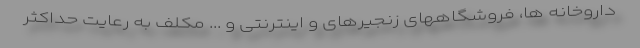
داروخانه ها، فروشگاههای زنجیرهای و اینترنتی و ... مکلف به رعایت حداکثر